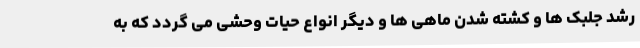
رشد جلبک ها و کشته شدن ماهی ها و دیگر انواع حیات وحشی می گردد که به